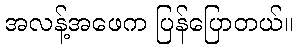
အလန့်အဖေက ပြန်ပြောတယ်။